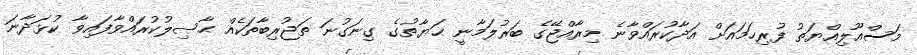
މަސްއޫލިއްޔަތު ފުރިހަމައަށް އަދާކުރައްވާނެ މިރާއްޖޭގެ ބަރުލަމާނީ ޙަޔާތުގެ ގިނަގުނަ ތަޖުރިބާތަކެއް ޙާޞިލުކުރައްވާފައިވާ ކުޅަދާނަ